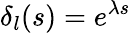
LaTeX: \delta_{l}(s)=e^{\lambda s}